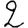
Digit: 2